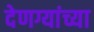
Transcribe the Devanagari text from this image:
देणग्यांच्या